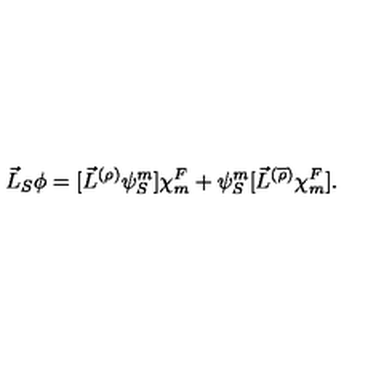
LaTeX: \vec { L } _ { S } \phi = [ { \vec { L } } ^ { ( \rho ) } { \psi } _ { S } ^ { m } ] { \chi } _ { m } ^ { F } + { \psi } _ { S } ^ { m } [ { \vec { L } } ^ { ( \overline { { \rho } } ) } { \chi } _ { m } ^ { F } ] .